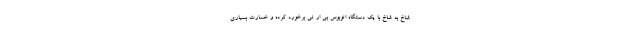
شاخ به شاخ با یک دستگاه اتوبوس بی ار تی برخورد کرده و خسارت بسیاری